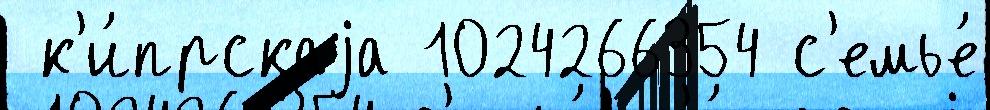
 к'и́прскаjа 1024266354 с'емье́